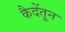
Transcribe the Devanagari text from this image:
कैदेंतून